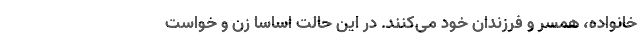
خانواده، همسر و فرزندان خود می‌کنند. در این حالت اساسا زن و خواست